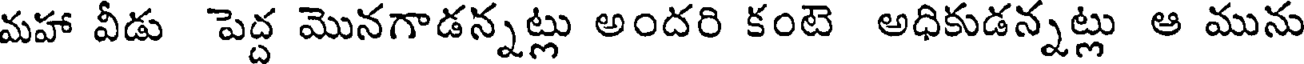
మహా వీడు పెద్ద మొనగాడన్నట్లు అందరి కంటె అధికుడన్నట్లు ఆ మును